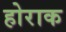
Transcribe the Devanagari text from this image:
होराक